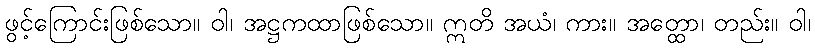
ဖွင့်ကြောင်းဖြစ်သော။ ဝါ၊ အဋ္ဌကထာဖြစ်သော။ ဣတိ အယံ၊ ကား။ အတ္ထော၊ တည်း။ ဝါ၊